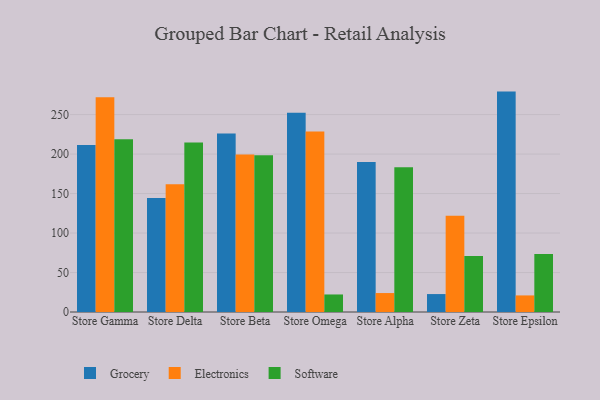
{"axis": {"x": "Store", "y": "Net Income (USD K)"}, "legend": ["Electronics", "Grocery", "Software"], "data": [{"x": "Store Gamma", "y": 211.4, "type": "Grocery"}, {"x": "Store Gamma", "y": 271.9, "type": "Electronics"}, {"x": "Store Gamma", "y": 218.9, "type": "Software"}, {"x": "Store Delta", "y": 144.3, "type": "Grocery"}, {"x": "Store Delta", "y": 161.9, "type": "Electronics"}, {"x": "Store Delta", "y": 214.8, "type": "Software"}, {"x": "Store Beta", "y": 225.9, "type": "Grocery"}, {"x": "Store Beta", "y": 199.3, "type": "Electronics"}, {"x": "Store Beta", "y": 198.6, "type": "Software"}, {"x": "Store Omega", "y": 252.4, "type": "Grocery"}, {"x": "Store Omega", "y": 228.6, "type": "Electronics"}, {"x": "Store Omega", "y": 22.2, "type": "Software"}, {"x": "Store Alpha", "y": 190.0, "type": "Grocery"}, {"x": "Store Alpha", "y": 24.0, "type": "Electronics"}, {"x": "Store Alpha", "y": 183.4, "type": "Software"}, {"x": "Store Zeta", "y": 22.7, "type": "Grocery"}, {"x": "Store Zeta", "y": 121.8, "type": "Electronics"}, {"x": "Store Zeta", "y": 71.0, "type": "Software"}, {"x": "Store Epsilon", "y": 279.1, "type": "Grocery"}, {"x": "Store Epsilon", "y": 21.0, "type": "Electronics"}, {"x": "Store Epsilon", "y": 73.4, "type": "Software"}]}